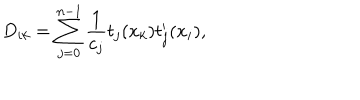
LaTeX: D _ { i k } = \sum _ { j = 0 } ^ { n - 1 } \frac { 1 } { c _ { j } } t _ { j } ( x _ { k } ) t _ { j } ^ { \prime } ( x _ { i } ) ,